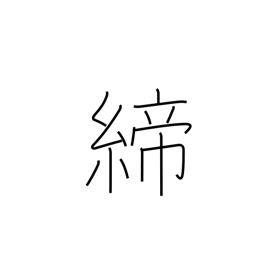
Meaning: tighten